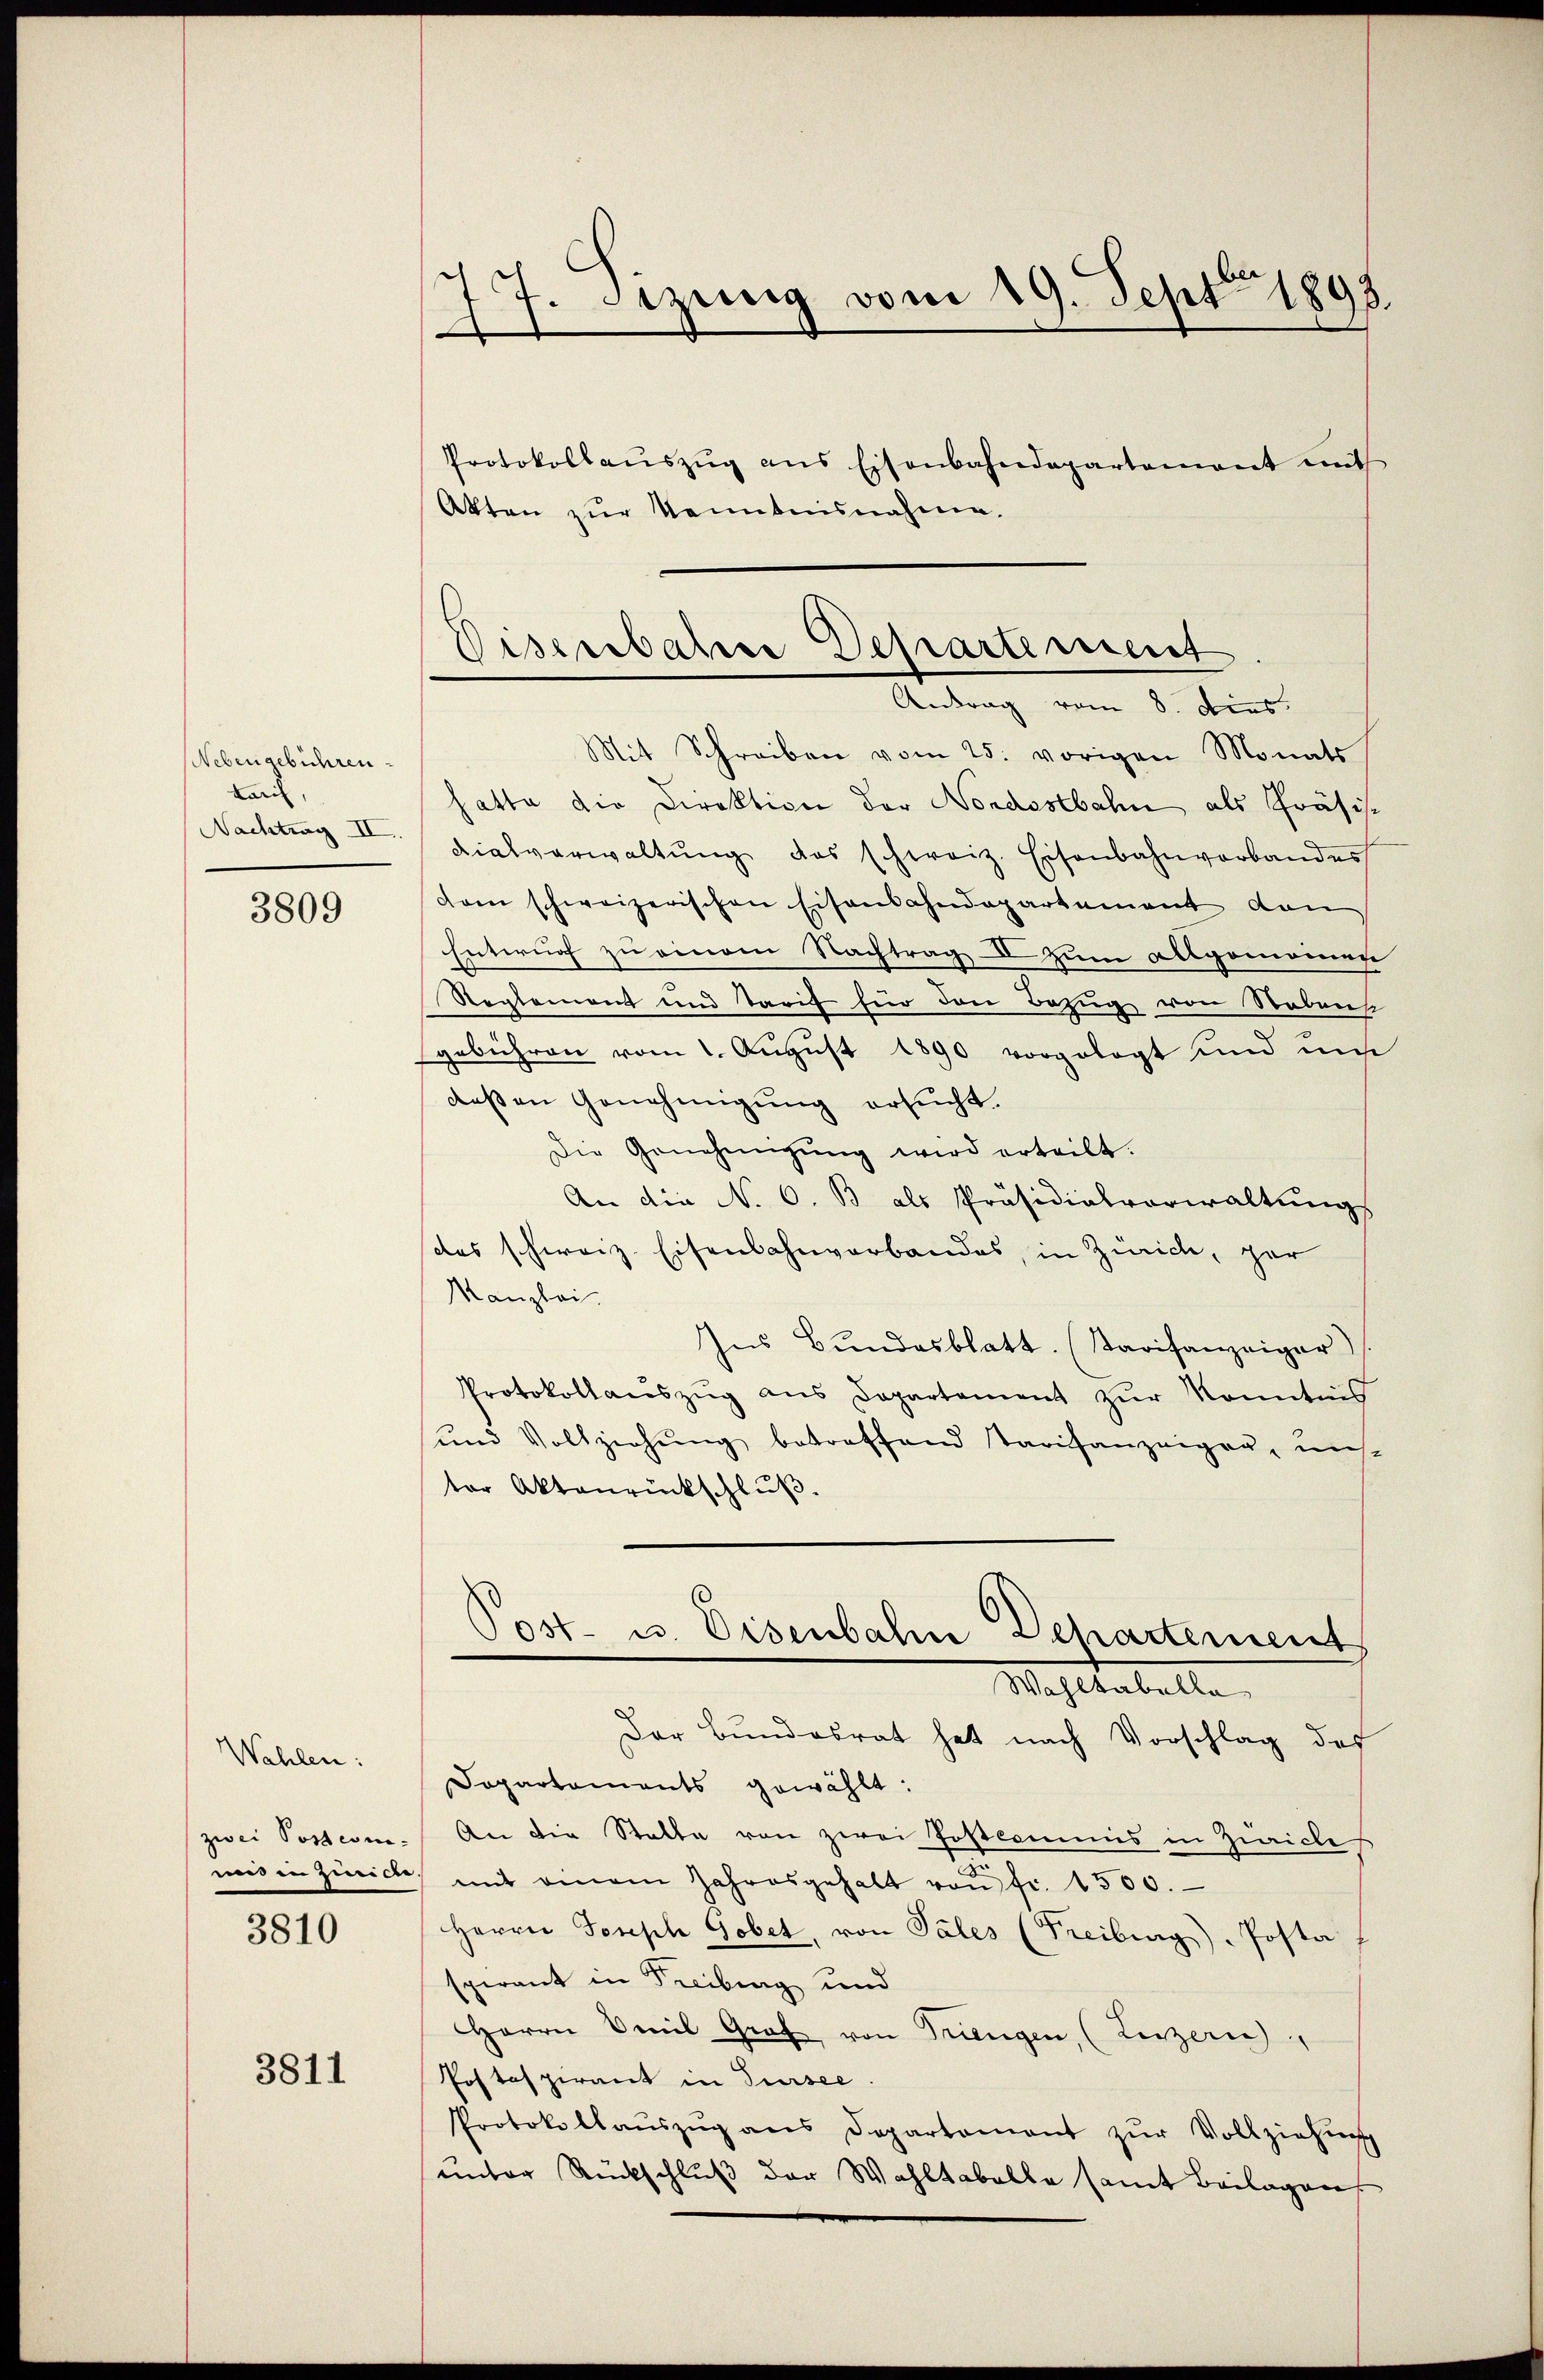
Nebengebühren.
Larc

3809

Wahlen:

3810

3811

17. Sizung vom 19. Sept 1893.
.

Protokollaŭszŭg ans Eisenbahndepartement mit
Akten zur Kenntnisnahme.

Diserbaline Departement
Antrag vom 8. dies

Mit Schreiben vom 25. vorigen Monats
hatte die Direktion der Nordestbahn als Präsis¬
Nachtung dialverwaltŭng das schweiz. Eisenbahnverbandes
dam schweizerischen Eisenbahndepartement von
Entwurf zu einem Nachtrag II zum Ablgomainen
Reglement und Tarif für den Bezug von Nebens
gebühren vom 1. Aŭgŭst 1890 vorgelegt und um
deßen Genehmigung ersucht.
Die Genehmigŭng wird erteilt.
An die N. O. B. als Präsidialverwaltungs
sdas schweiz. Eisenbahnverbandes, in Zürich, gar
Manzlei.
Ins Bundesblatt. (Starifanzeiger)
Protokollaŭszŭg aŭs Departement zŭr Kenntnis
und Vollziehŭng betreffend Tarifanzeigen, uns
ter Aktenrückschluß.
Post- u. Eisenbahn Departement
Wachstabelle
Der Bundesrat hat nach Vorschlag des
Dapartaments gewählt:
zwei Postein. An die Statte von zwei Postcommis in Züricles
e
uns in Zürich, mit einem Jahresgehalt von fr. 1500.
Herrn Joseph Gobet, von Pales (Freiburg), Posta
spirant in Freibung und
Herrn Emil Graf von Triengen, (Luzern
Postaspirant in Sursee
Protokollaŭszŭg ans Departement zŭr Vollziehung
unter Rückschluß der Wahltabelle samt Beilagen